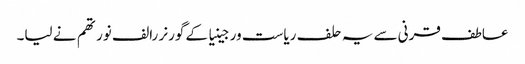
عاطف قرنی سے یہ حلف ریاست ورجینیا کے گورنر رالف نورتھم نے لیا۔